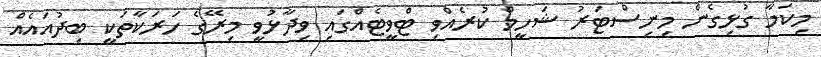
މިކަމާ ގުޅިގެން މިނިސްޓަރު ޝަހީމް ކުރެއްވި ޓްވީޓެއްގައި ވިދާޅުވީ މިރޭގެ ހަރަކާތަކީ ބިދުއައެއް